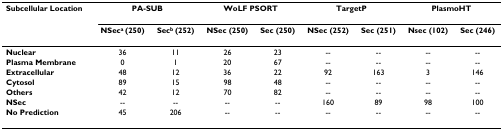
| Subcellular Location | <COLSPAN=2> PA-SUB | <COLSPAN=2> WoLF PSORT | <COLSPAN=2> TargetP | <COLSPAN=2> PlasmoHT |
 |  | NSeca (250) | Secb (252) | NSec (250) | Sec (250) | NSec (252) | Sec (251) | Nsec (102) | Sec (246) |
 | --- | --- | --- | --- | --- | --- | --- | --- | --- |
 | Nuclear | 36 | 11 | 26 | 23 | -- | -- | -- | -- |
 | Plasma Membrane | 0 | 1 | 20 | 67 | -- | -- | -- | -- |
 | Extracellular | 48 | 12 | 36 | 22 | 92 | 163 | 3 | 146 |
 | Cytosol | 89 | 15 | 98 | 48 | -- | -- | -- | -- |
 | Others | 42 | 12 | 70 | 82 | -- | -- | -- | -- |
 | NSec | -- | -- | -- | -- | 160 | 89 | 98 | 100 |
 | No Prediction | 45 | 206 | -- | -- | -- | -- | -- | -- |